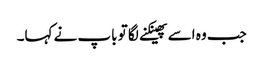
جب وہ اسے پھینکنے لگا تو باپ نے کہا۔